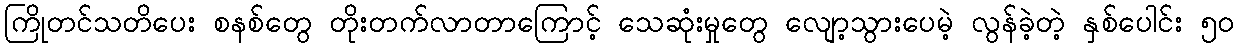
ကြိုတင်သတိပေး စနစ်တွေ တိုးတက်လာတာကြောင့် သေဆုံးမှုတွေ လျော့သွားပေမဲ့ လွန်ခဲ့တဲ့ နှစ်ပေါင်း ၅၀